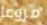
مروعا